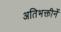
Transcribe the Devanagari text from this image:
अतिभक्तीनें